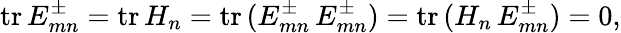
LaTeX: \mathrm{tr}\, E_{mn}^{\pm}=\mathrm{tr}\, H_{n}=\mathrm{tr}\, (E_{mn}^{\pm}\, E_{mn}^{\pm})=\mathrm{tr}\, (H_{n}\, E_{mn}^{\pm})=0,